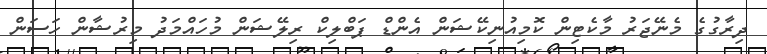
ދިރާގުގެ މެނޭޖަރު މާކެޓިން ކޮމިއުނިކޭޝަން އެންޑް ޕަބްލިކް ރިލޭޝަން މުހައްމަދު މިރުޝާން ހަސަން